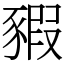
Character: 豭